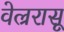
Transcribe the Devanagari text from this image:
वेल्ररासू